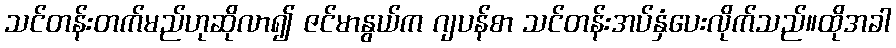
သင်တန်းတက်မည်ဟုဆိုလာ၍ ဇင်မာနွယ်က ဂျပန်စာ သင်တန်းအပ်နှံပေးလိုက်သည်။ထိုအခါ